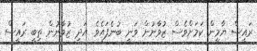
ރައީސް ޔާމީން ކަމަށްވެސް ޒުވާނުން ވަނީ ބުނެފައެވެ. އަދި ޒުވާނުން ތިބީ ރައީސް